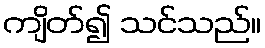
ကျိတ်၍ သင်သည်။